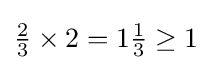
{\textstyle {\frac {2}{3}}\times 2=1{\frac {1}{3}}\geq 1}